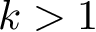
k > 1